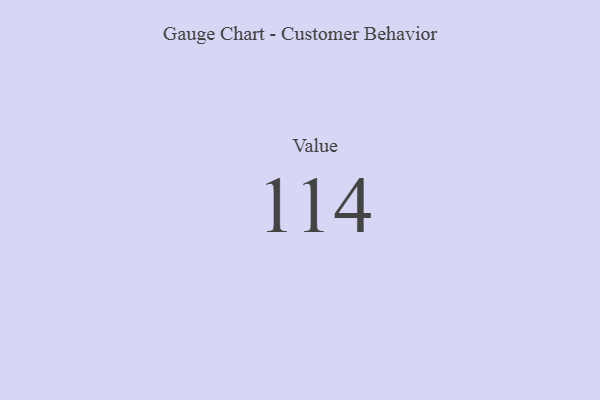
{"axis": {"x": "Metric", "y": "Value"}, "legend": [""], "data": [{"x": "Value", "y": 114, "type": ""}]}